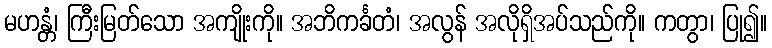
မဟန္တံ၊ ကြီးမြတ်သော အကျိုးကို။ အဘိကင်္ခတံ၊ အလွန် အလိုရှိအပ်သည်ကို။ ကတွာ၊ ပြု၍။